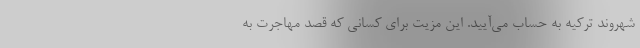
شهروند ترکیه به حساب می‌آیید. این مزیت برای کسانی که قصد مهاجرت به